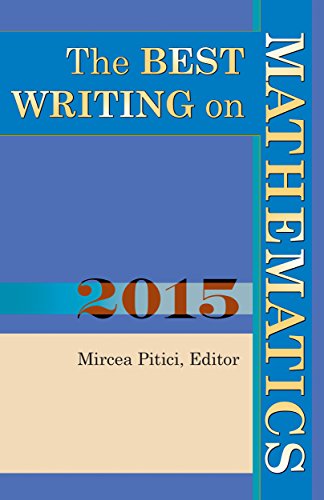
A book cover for The Best Writing on Mathematics 2015; Science & Math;